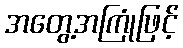
အတွေ့အကြုံဖြင့်